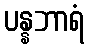
ပန္နဘာရံ